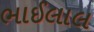
ભાઈલાલ